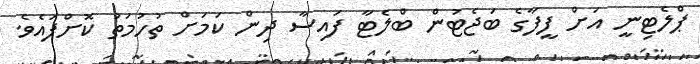
ޕްލެޓިނީ އަށް ފީފާގެ ބަޖެޓުން ބްލެޓާ ފައިސާ ދިން ކަމަށް ތުހުމަތު ކޮށްފައެވެ.